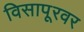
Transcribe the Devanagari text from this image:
विसापूरवर